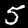
Label: 5